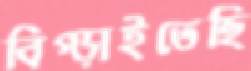
বিগ্‌ড়াইতেছি